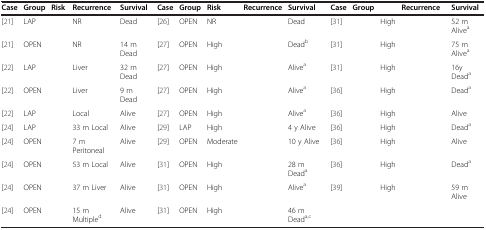
<table><thead><tr><td><b>Case</b></td><td><b>Group</b></td><td><b>Risk</b></td><td><b>Recurrence</b></td><td><b>Survival</b></td><td><b>Case</b></td><td><b>Group</b></td><td><b>Risk</b></td><td><b>Recurrence</b></td><td><b>Survival</b></td><td><b>Case</b></td><td><b>Group</b></td><td>[EMPTY_CELL]</td><td><b>Recurrence</b></td><td><b>Survival</b></td></tr></thead><tbody><tr><td>[21]</td><td>LAP</td><td>[EMPTY_CELL]</td><td>NR</td><td>Dead</td><td>[26]</td><td>OPEN</td><td>NR</td><td>[EMPTY_CELL]</td><td>Dead</td><td>[31]</td><td>[EMPTY_CELL]</td><td>High</td><td>[EMPTY_CELL]</td><td>52 m Alive<sup>a</sup></td></tr><tr><td>[21]</td><td>OPEN</td><td>[EMPTY_CELL]</td><td>NR</td><td>14 m Dead</td><td>[27]</td><td>OPEN</td><td>High</td><td>[EMPTY_CELL]</td><td>Dead<sup>b</sup></td><td>[31]</td><td>[EMPTY_CELL]</td><td>High</td><td>[EMPTY_CELL]</td><td>75 m Alive<sup>a</sup></td></tr><tr><td>[22]</td><td>LAP</td><td>[EMPTY_CELL]</td><td>Liver</td><td>32 m Dead</td><td>[27]</td><td>OPEN</td><td>High</td><td>[EMPTY_CELL]</td><td>Alive<sup>a</sup></td><td>[31]</td><td>[EMPTY_CELL]</td><td>High</td><td>[EMPTY_CELL]</td><td>16y Dead<sup>a</sup></td></tr><tr><td>[22]</td><td>OPEN</td><td>[EMPTY_CELL]</td><td>Liver</td><td>9 m Dead</td><td>[27]</td><td>OPEN</td><td>High</td><td>[EMPTY_CELL]</td><td>Alive<sup>a</sup></td><td>[36]</td><td>[EMPTY_CELL]</td><td>High</td><td>[EMPTY_CELL]</td><td>Dead<sup>a</sup></td></tr><tr><td>[22]</td><td>LAP</td><td>[EMPTY_CELL]</td><td>Local</td><td>Alive</td><td>[27]</td><td>OPEN</td><td>High</td><td>[EMPTY_CELL]</td><td>Alive<sup>a</sup></td><td>[36]</td><td>[EMPTY_CELL]</td><td>High</td><td>[EMPTY_CELL]</td><td>Alive</td></tr><tr><td>[24]</td><td>LAP</td><td>[EMPTY_CELL]</td><td>33 m Local</td><td>Alive</td><td>[29]</td><td>LAP</td><td>High</td><td>[EMPTY_CELL]</td><td>4 y Alive</td><td>[36]</td><td>[EMPTY_CELL]</td><td>High</td><td>[EMPTY_CELL]</td><td>Dead<sup>a</sup></td></tr><tr><td>[24]</td><td>OPEN</td><td>[EMPTY_CELL]</td><td>7 m Peritoneal</td><td>Alive</td><td>[29]</td><td>OPEN</td><td>Moderate</td><td>[EMPTY_CELL]</td><td>10 y Alive</td><td>[36]</td><td>[EMPTY_CELL]</td><td>High</td><td>[EMPTY_CELL]</td><td>Alive</td></tr><tr><td>[24]</td><td>OPEN</td><td>[EMPTY_CELL]</td><td>53 m Local</td><td>Alive</td><td>[31]</td><td>OPEN</td><td>High</td><td>[EMPTY_CELL]</td><td>28 m Dead<sup>a</sup></td><td>[36]</td><td>[EMPTY_CELL]</td><td>High</td><td>[EMPTY_CELL]</td><td>Dead<sup>a</sup></td></tr><tr><td>[24]</td><td>OPEN</td><td>[EMPTY_CELL]</td><td>37 m Liver</td><td>Alive</td><td>[31]</td><td>OPEN</td><td>High</td><td>[EMPTY_CELL]</td><td>Alive<sup>a</sup></td><td>[39]</td><td>[EMPTY_CELL]</td><td>High</td><td>[EMPTY_CELL]</td><td>59 m Alive</td></tr><tr><td>[24]</td><td>OPEN</td><td>[EMPTY_CELL]</td><td>15 m Multiple<sup>d</sup></td><td>Alive</td><td>[31]</td><td>OPEN</td><td>High</td><td>[EMPTY_CELL]</td><td>46 m Dead<sup>a,c</sup></td><td>[EMPTY_CELL]</td><td>[EMPTY_CELL]</td><td>[EMPTY_CELL]</td><td>[EMPTY_CELL]</td><td>[EMPTY_CELL]</td></tr></tbody></table>